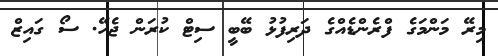
މިރޭ މަންމަގެ ފްރެންޑެއްގެ ދަރިފުޅު ބޭބީ ސިޓް ކުރަން ޖެހޭ. ސޯ ގައިޒް